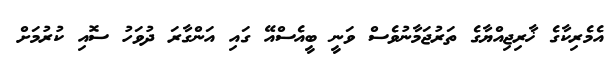
އެމެރިކާގެ ޚާރިޖިއްޔާގެ ތަރުޖަމާނުވެސް ވަނީ ބީއެސްއޭ ގައި އަންގާރަ ދުވަހު ސޮއި ކުރުމަށް